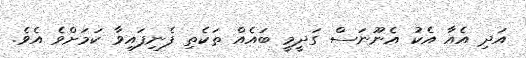
އަދި އެއާ އެކު އެނޫނަސް ގަދީމީ ބައެއް ތަކެތި ފެނިފައިވާ ކަމަށްވެ އެވެ.